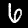
Label: 6